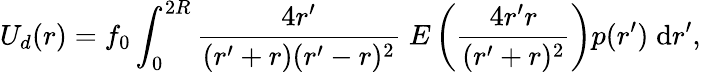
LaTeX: U_{d}(r)=f_{0}\int_{0}^{2R}\frac{4r^{\prime}}{(r^{\prime}+r)(r^{\prime}-r)^{2}}\; E\left(\frac{4r^{\prime}r}{(r^{\prime}+r)^{2}}\right)p(r^{\prime})\; \mathrm{d}r^{\prime},